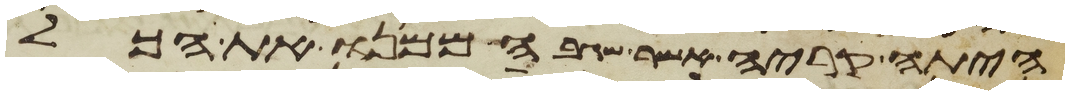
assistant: היתה קריה אשר שגבה ממנו את הכל